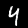
Digit: 4